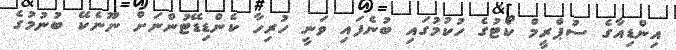
އިންޑިއާގެ ސުޕްރީމް ކޯޓުގެ ހުކުމުގައި ބުނެފައި ވަނީ ހުރިހާ ކެންޑިޑޭޓުންނަށް ނޫނެކޭ ބުނުމުގެ